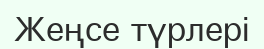
Жеңсе түрлері